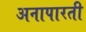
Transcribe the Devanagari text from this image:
अनापारती